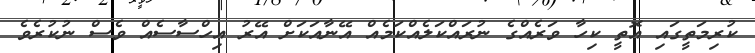
ކުރިމަތީގައި އޮތީ ކިހާ ވަރެއްގެ ނުރައްކަލެއްކަމެއް އޭނާއަކަށް އޭރު އިހްސާސެއް ވެސް ނުކުރެވެ